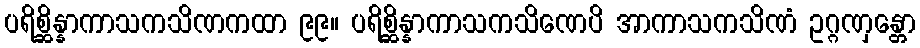
ပရိစ္ဆိန္နာကာသကသိဏကထာ ၉၉။ ပရိစ္ဆိန္နာကာသကသိဏေပိ အာကာသကသိဏံ ဥဂ္ဂဏှန္တော